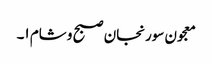
معجون سورنجان صبح و شام ۱۔